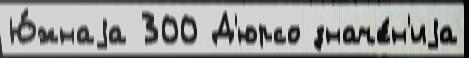
Ю́жнаjа 300 Д'юрсо значе́н'иjа